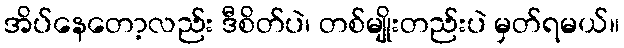
အိပ်နေတော့လည်း ဒီစိတ်ပဲ၊ တစ်မျိုးတည်းပဲ မှတ်ရမယ်။